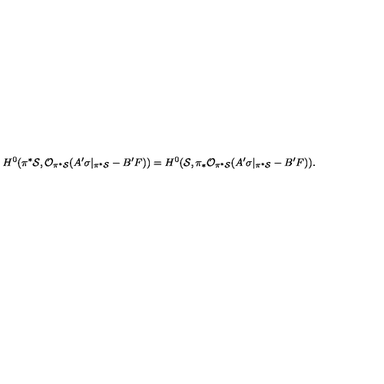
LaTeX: H ^ { 0 } ( \pi ^ { * } { \cal S } , { \cal O } _ { \pi ^ { * } { \cal S } } ( A ^ { \prime } \sigma | _ { \pi ^ { * } { \cal S } } - B ^ { \prime } F ) ) = H ^ { 0 } ( { \cal S } , \pi _ { * } { \cal O } _ { \pi ^ { * } { \cal S } } ( A ^ { \prime } \sigma | _ { \pi ^ { * } { \cal S } } - B ^ { \prime } F ) ) .